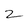
Character: z